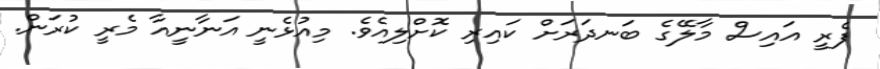
ފެރީ އައިސް މާލޭގެ ބަނދަރަށް ކައިރި ކޮށްލިއެވެ. މިއުޅެނީ އަނާނީއާ މެރީ ކުރަން.